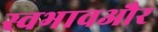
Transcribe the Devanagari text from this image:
स्वभावऔर